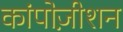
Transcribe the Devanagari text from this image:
कांपोज़ीशन